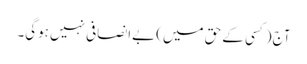
آج (کسی کے حق میں) بےانصافی نہیں ہوگی۔